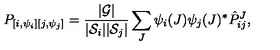
P _ { [ { i } , \psi _ { i } ] [ { j } , \psi _ { j } ] } = { \frac { | { \cal G } | } { | { \cal S } _ { i } | | { \cal S } _ { j } | } } \sum _ { J } \psi _ { i } ( J ) \psi _ { j } ( J ) ^ { * } \hat { P } _ { { i } { j } } ^ { J } ,